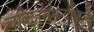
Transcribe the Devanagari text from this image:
चकितममन्दीकृत्य